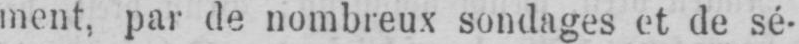
ment, par de nombreux sondages et de sé-